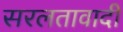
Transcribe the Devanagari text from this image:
सरलतावादी